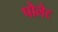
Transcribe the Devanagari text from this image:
पोलेट